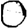
Digit: 0